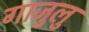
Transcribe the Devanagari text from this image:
गाजुलु